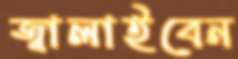
জ্বালাইবেন